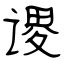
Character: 谡